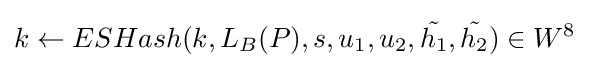
k\leftarrow ESHash(k,L_{B}(P),s,u_{1},u_{2},{\tilde {h_{1}}},{\tilde {h_{2}}})\in W^{8}